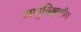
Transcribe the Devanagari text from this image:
अणुविक्षणीय